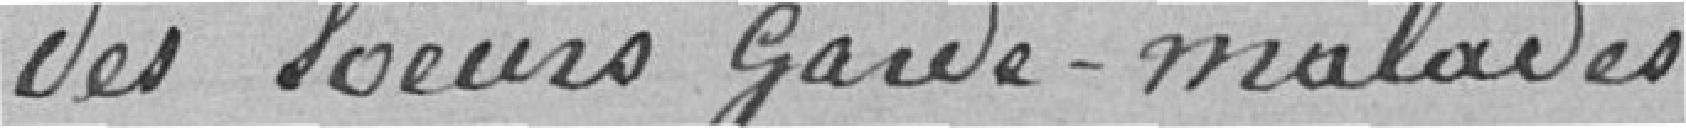
des sœurs garde-malades